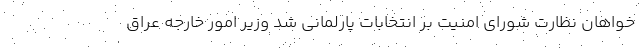
خواهان نظارت شورای امنیت بر انتخابات پارلمانی شد وزیر امور خارجه عراق